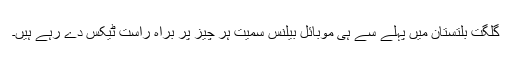
گلگت بلتستان میں پہلے سے ہی موبائل بیلنس سمیت ہر چیز پر براہ راست ٹیکس دے رہے ہیں۔